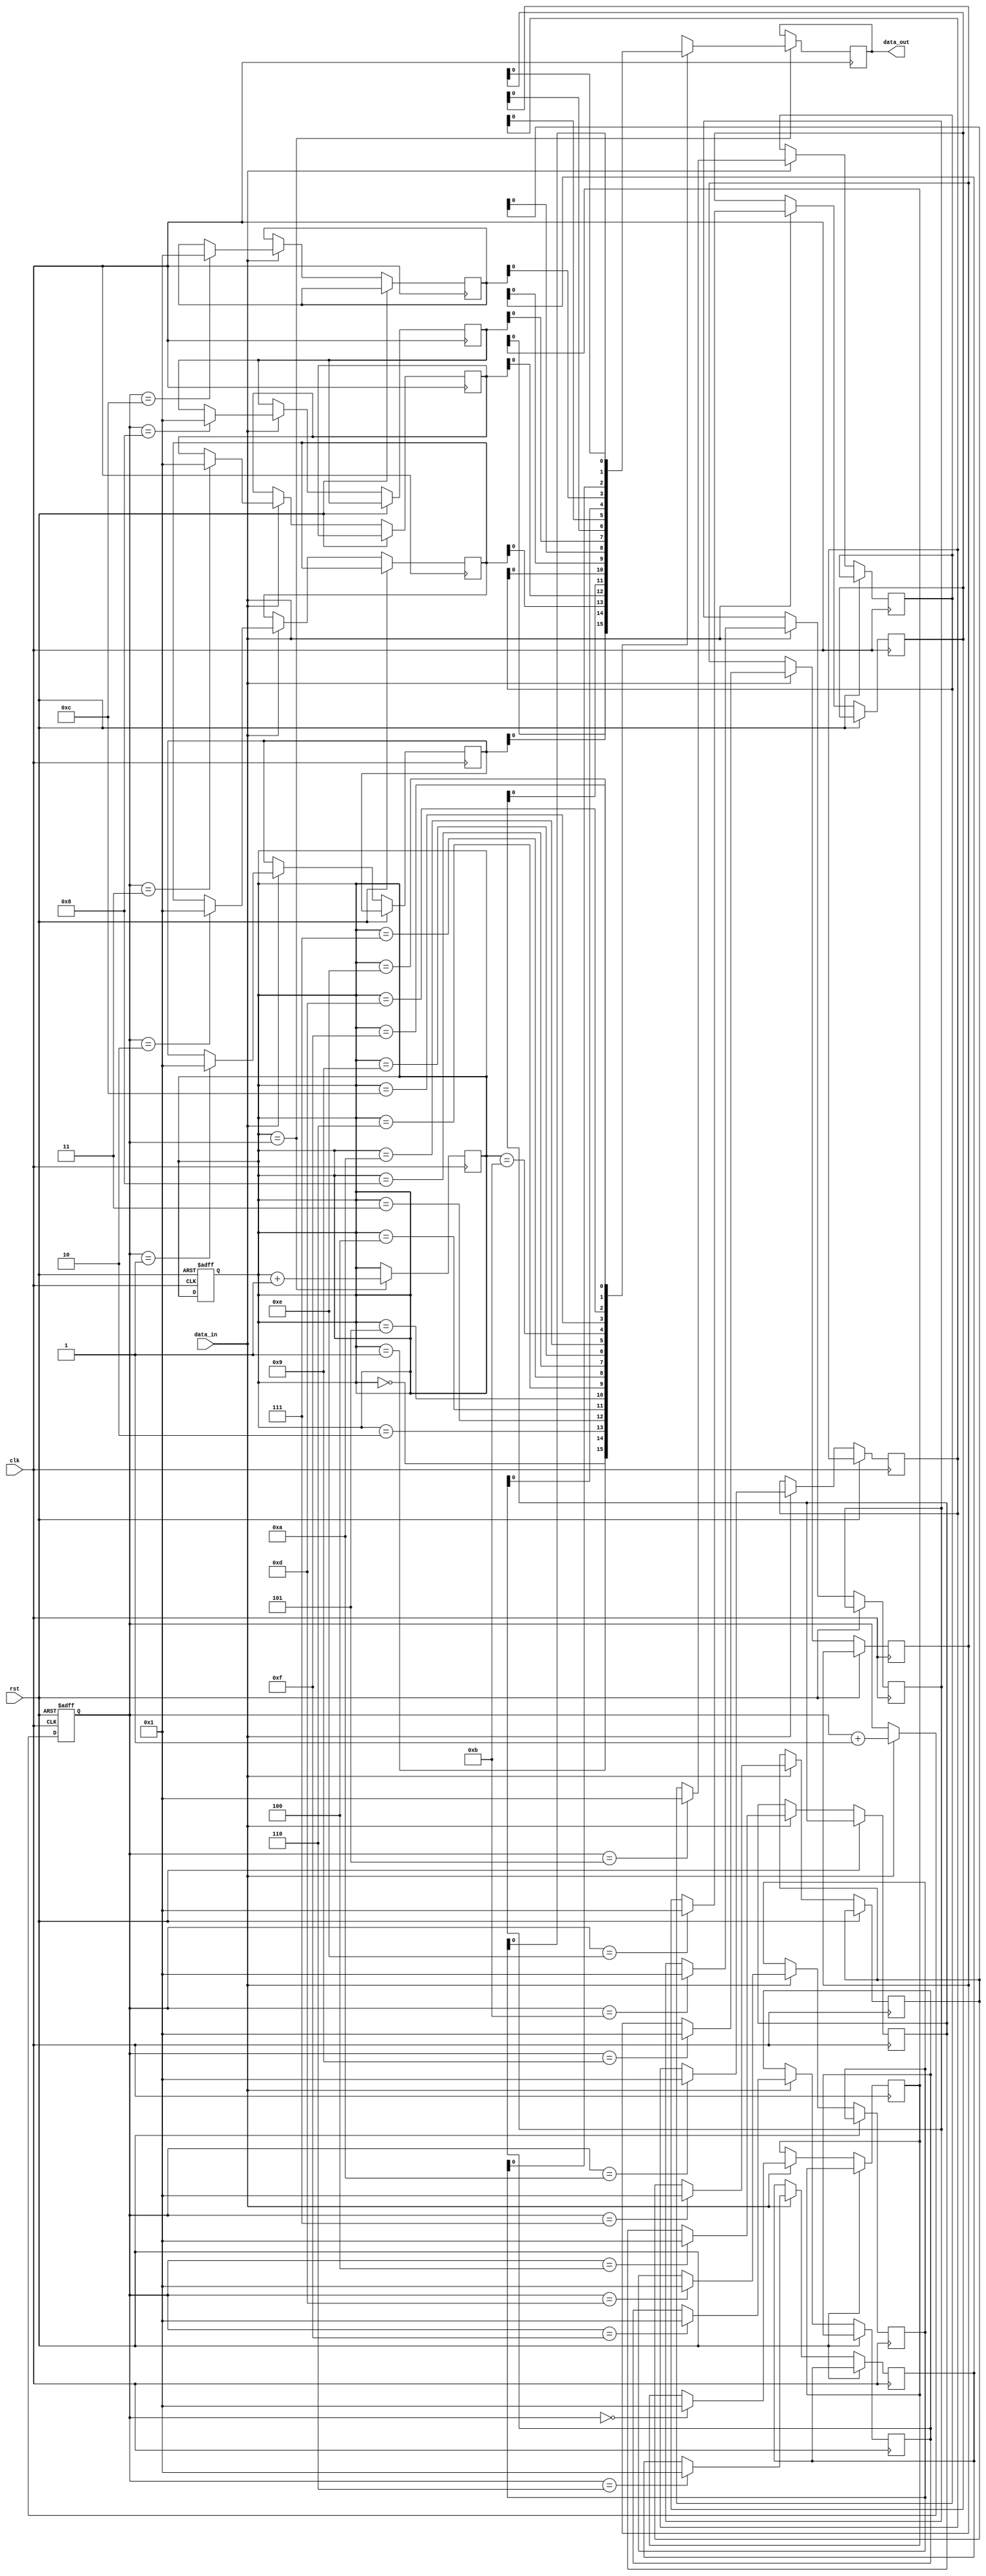
module fifo_buffer (
    input wire clk,
    input wire rst,
    input wire data_in,
    output reg data_out
);

reg [7:0] fifo [0:15];
reg [3:0] read_ptr;
reg [3:0] write_ptr;

always @(posedge clk or posedge rst) begin
    if (rst) begin
        read_ptr <= 4'b0000;
        write_ptr <= 4'b0000;
    end else begin
        if (data_in) begin
            fifo[write_ptr] <= data_in;
            write_ptr <= write_ptr + 1;
        end
    end
end

always @(posedge clk) begin
    if (read_ptr == write_ptr) begin
        data_out <= fifo[read_ptr];
        read_ptr <= read_ptr + 1;
    end
end
endmodule